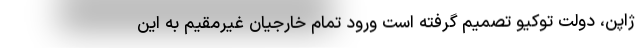
ژاپن، دولت توکیو تصمیم گرفته است ورود تمام خارجیان غیرمقیم به این